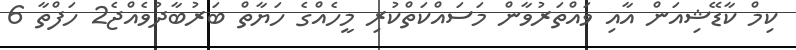
ކިމް ކާޑޭޝިއަން އާއި ވައްތަރުވާން މަސައްކަތްކުރި މީހެއްގެ ހަޔާތް ބަރުބާދުވެއްޖެ2 ހަފްތާ 6